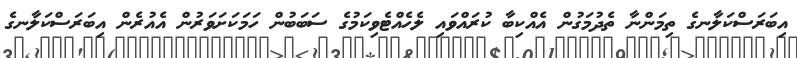
އިބަރަސްކަލާނގެ ތިމަންނާ ތެދުމަގުން އެއްކިބާ ކުރައްވައި ލެހެއްޓެވިކަމުގެ ސަބަބުން ހަމަކަށަވަރުން އެއުރެން އިބަރަސްކަލާނގެ